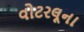
વોટરલૂના